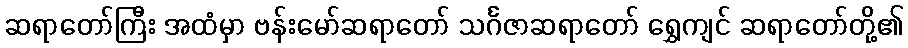
ဆရာတော်ကြီး အထံမှာ ဗန်းမော်ဆရာတော် သင်္ဂဇာဆရာတော် ရွှေကျင် ဆရာတော်တို့၏